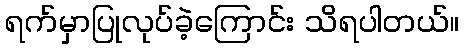
ရက်မှာပြုလုပ်ခဲ့ကြောင်း သိရပါတယ်။